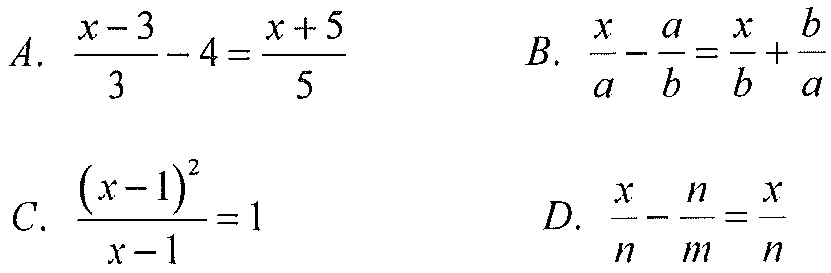
A. \(\frac{x - 3}{3}-4=\frac{x + 5}{5}\)
B. \(\frac{x}{a}-\frac{a}{b}=\frac{x}{b}+\frac{b}{a}\)
C. \(\frac{(x - 1)^2}{x - 1}=1\)
D. \(\frac{x}{n}-\frac{n}{m}=\frac{x}{n}\)